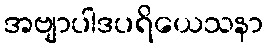
အဗျာပါဒပရိယေသနာ